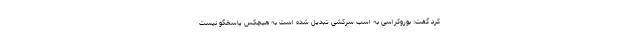
کرد گفت: بوروکراسی به اسب سرکشی تبدیل شده است به هیچکس پاسخگو نیست